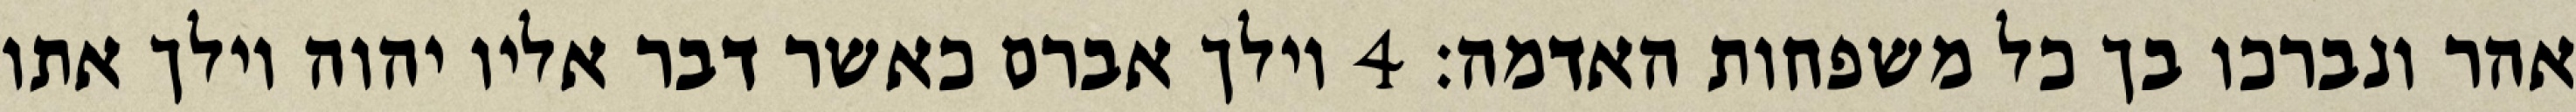
אהר ונברכו בך כל משפחות האדמה׃ ‎4‏ וילך אברם כאשר דבר אליו יהוה וילך אתו